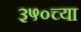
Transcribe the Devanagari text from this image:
३५०च्या